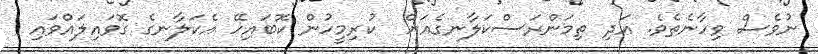
ނުވެސް ވިހާނެތެވެ. އަދި ތިމަންރަސްކަލާނގެއަށް  ކުރިމީހުން ކޮބައިހޭ އެކަލާނގެ ގޮވައިލައްވައި